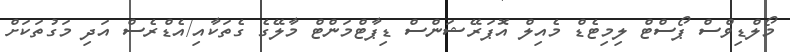
މޯލްޑިވްސް ޕޯސްޓް ލިމިޓެޑް މެއިލް އޮޕަރޭޝަންސް ޑިޕާޓްމަންޓް މާލޭގެ ގެތަކާއި/އެޑްރެސް އަދި މަގުތަކަށް